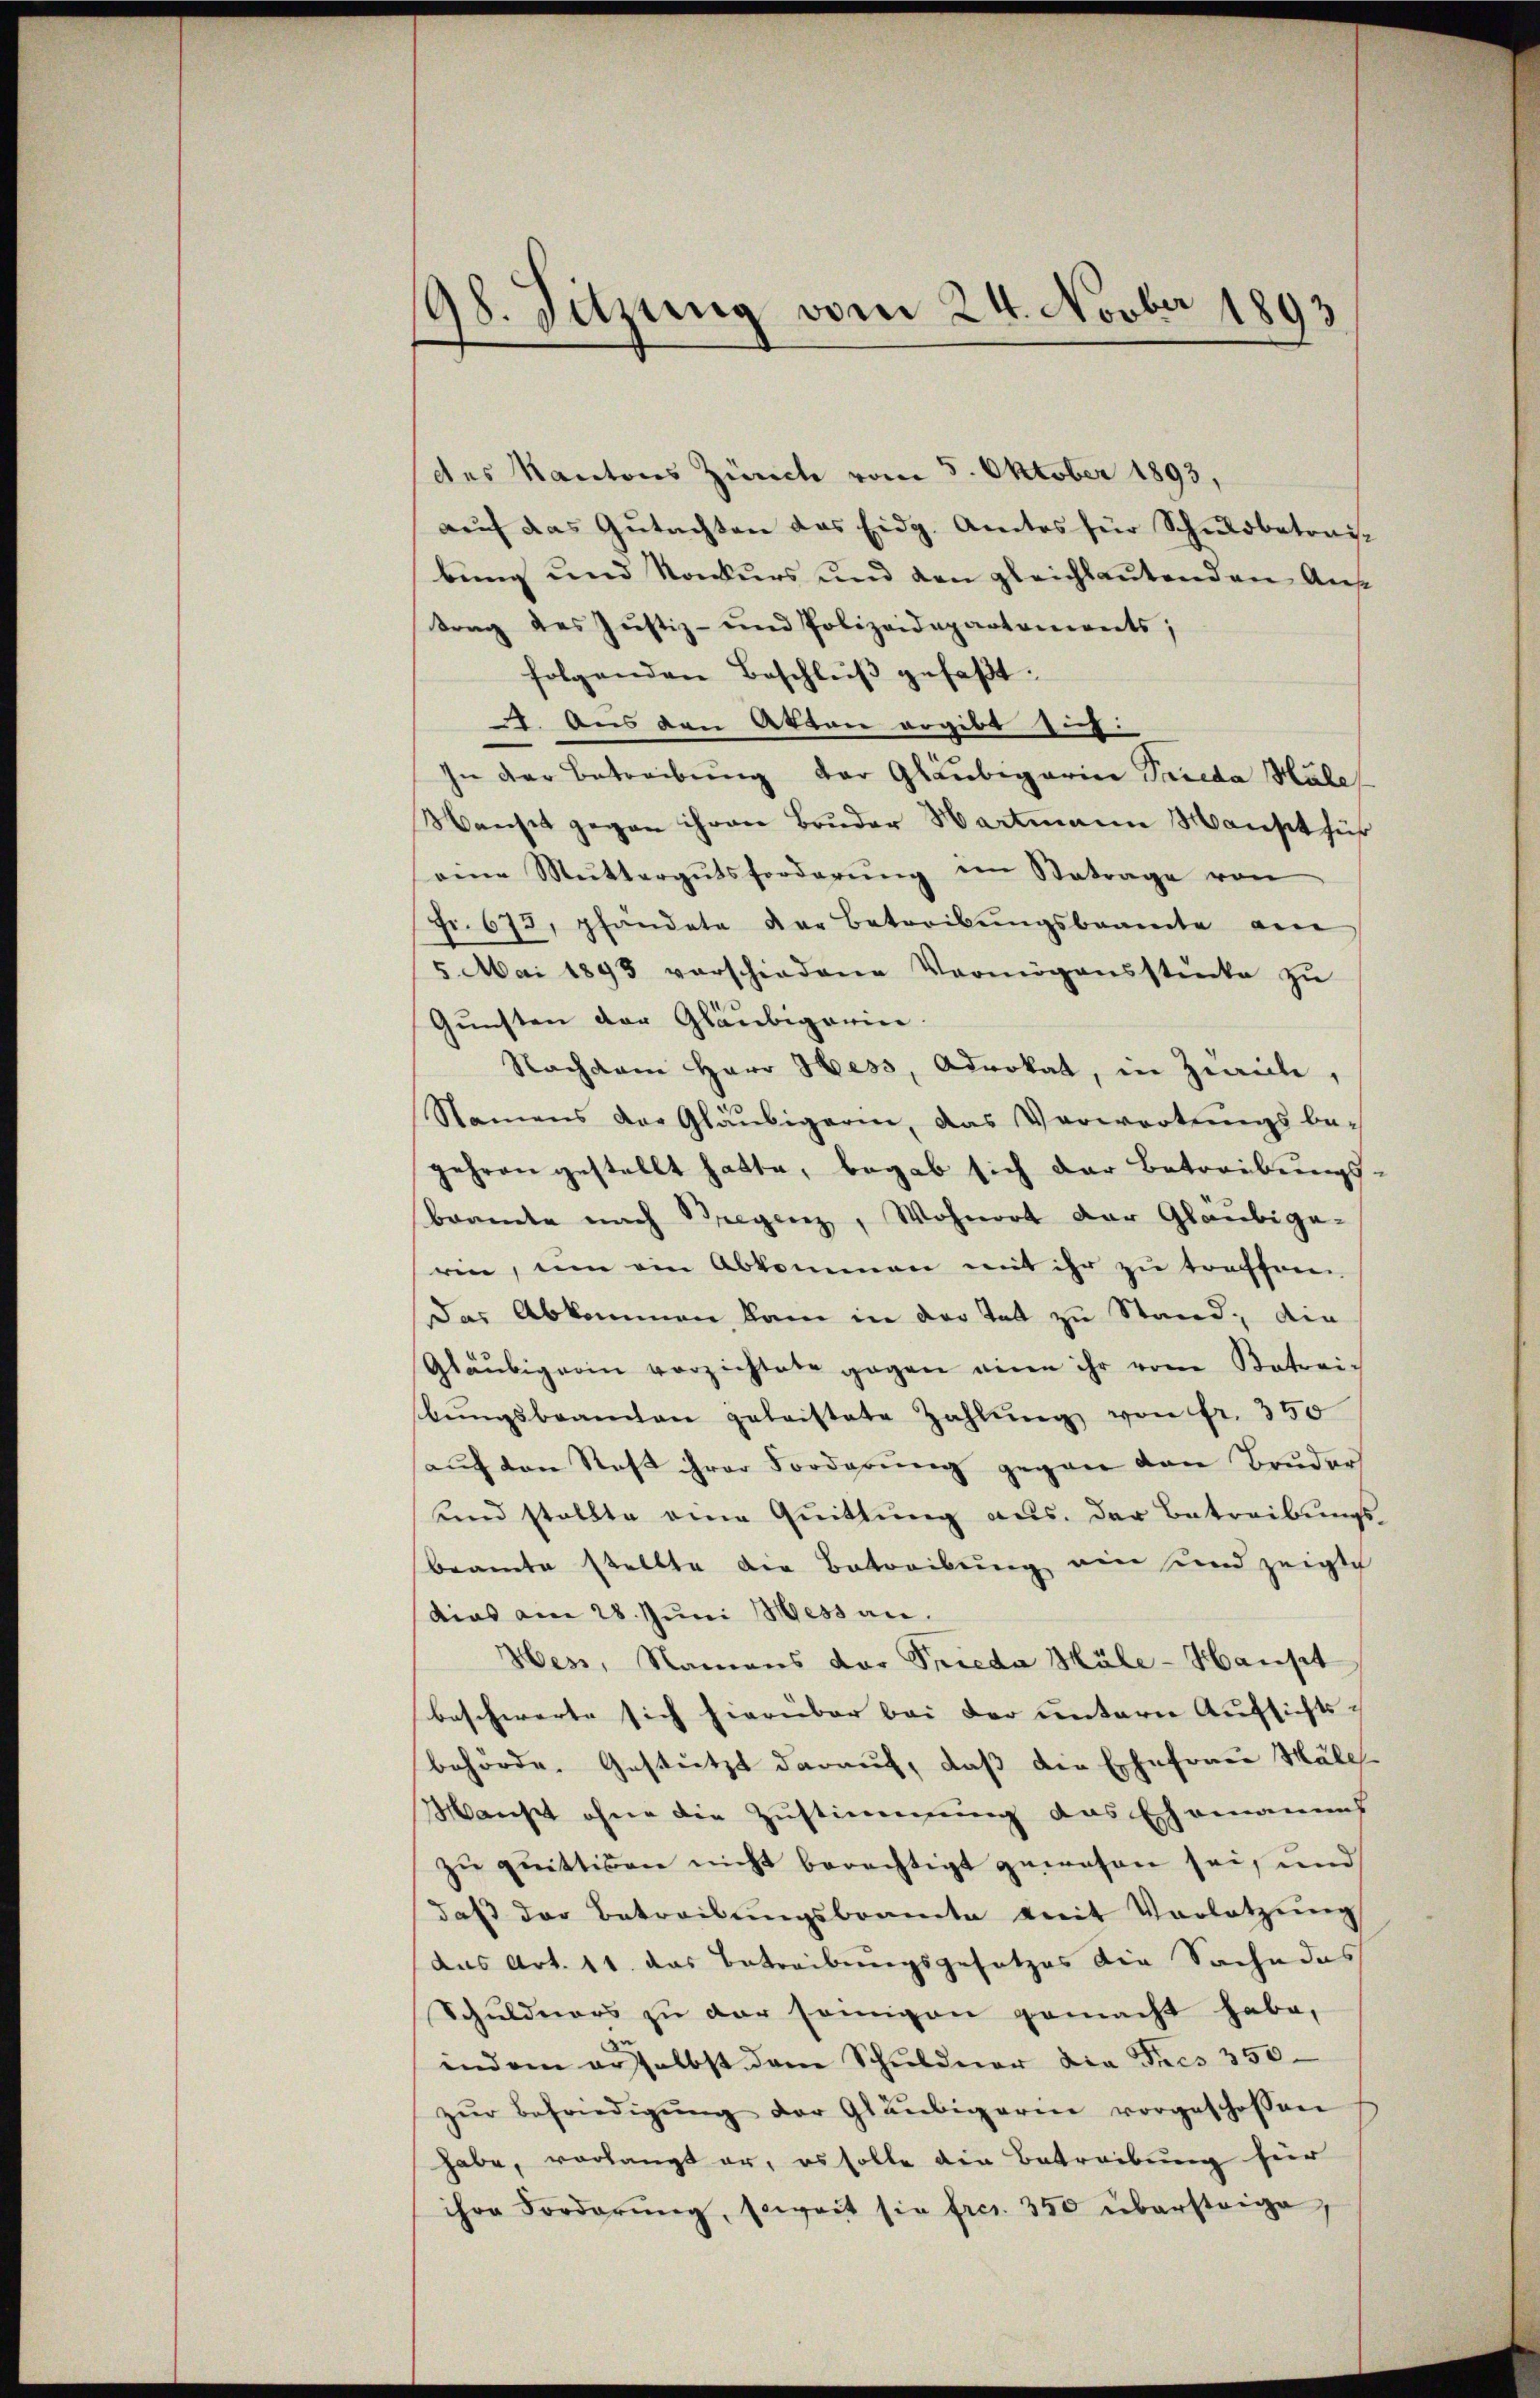
98. Sitzung vom 24. Novber 1893

des Kantons Zürich vom 5. Oktober 1893,
auf das Gutachten das Eidg. Amtes für Schuldbetrai-
bung und Konkurs und den gleichlautenden Austrag des Justiz- und Polizeidepartements;
folgenden Beschlŭβ gefaßt:
1. Aus den Akten ergibt sich:
In der Betreibung der Gläubigarina Peceda Hale
Wanset gegen ihren Bruder Hartmann Manset führ
eine Muttergutsforderŭng im Betrage von
Fr. 673, pfändete der betreibŭngsbeamte am
5. Mai 1893 verschiedene Vermögensstecke zŭ
Gunsten der Gläubigerin.
Nachdem Herr Hess, Advokat, in Zürich,
Namens der Gläubigerin, das Verwortŭngsbe-
gehren gestellt hatte, begab sich der Betreibungs-
brante nach Bregenz, Wohnort der Gläubiga-
rine, um ein Abkommen mit ihr zu treffen.
Das Abkommen, kam in der Tat zu Stand, die
Gläubigerin verzichtete gegen eine ihr vom Betrei-
bŭngsbeamten geleistete Zahlŭng von fr. 350
aŭf den Rest ihrer Forderŭng gegen den Bruder
und stellte eine Quittung aus der Betreibungsbeamte stellte die Betreibung ein und zeigte
dias am 28. Juni ess an.
Hess, Namens der Frieda Höle-Haupt
beschwerte sich hierüber bei der untern Aufsichtsbehörde. Gestützt darauf, daß die Ehefrau Mäll-
Manst ohne die Zustimmung das Ehemannes
zu quittikon nicht berechtigt gewesen sei, und
daβ der Betreibŭngsbeamte mit Vorletzŭng
aas Art. 11. das Betreibungsgesetzes die Sache das
Schuldners zu der seinigen gemacht habe,
indem erselbst dem Schuldner die Frees 350
zŭr Befriedigŭng der Gläubigerin vorgeschossen
habe, vorlangt er, es solle die Betreibung für
ihre Forderŭng, soweit sie frei. 350 übersteige,